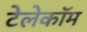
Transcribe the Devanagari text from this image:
टेलेकॉम